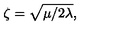
\zeta = \sqrt { \mu / 2 \lambda } ,